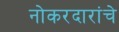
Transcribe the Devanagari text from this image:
नोकरदारांचे